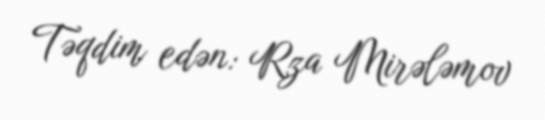
Təqdim edən: Rza Mirələmov